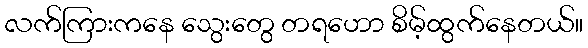
လက်ကြားကနေ သွေးတွေ တရဟော စိမ့်ထွက်နေတယ်။